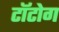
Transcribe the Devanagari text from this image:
टॉटोग